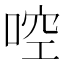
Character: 啌